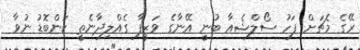
ރޭގެ މެޗަށް ފަހު ސޯލްޝެއާ ބުނީ އޭނާގެ ވަޒީފާ ގެއްލިދާނެތީ ކަންބޮޑު ނުވާ